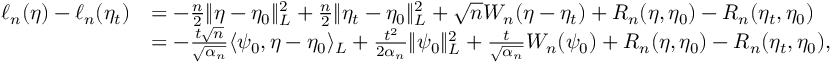
\begin{array} { r l } { \ell _ { n } ( \eta ) - \ell _ { n } ( \eta _ { t } ) } & { = - \frac { n } { 2 } \| \eta - \eta _ { 0 } \| _ { L } ^ { 2 } + \frac { n } { 2 } \| \eta _ { t } - \eta _ { 0 } \| _ { L } ^ { 2 } + \sqrt { n } W _ { n } ( \eta - \eta _ { t } ) + R _ { n } ( \eta , \eta _ { 0 } ) - R _ { n } ( \eta _ { t } , \eta _ { 0 } ) } \\ & { = - \frac { t \sqrt { n } } { \sqrt { \alpha _ { n } } } \langle \psi _ { 0 } , \eta - \eta _ { 0 } \rangle _ { L } + \frac { t ^ { 2 } } { 2 \alpha _ { n } } \| \psi _ { 0 } \| _ { L } ^ { 2 } + \frac { t } { \sqrt { \alpha _ { n } } } W _ { n } ( \psi _ { 0 } ) + R _ { n } ( \eta , \eta _ { 0 } ) - R _ { n } ( \eta _ { t } , \eta _ { 0 } ) , } \end{array}